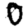
Digit: 0